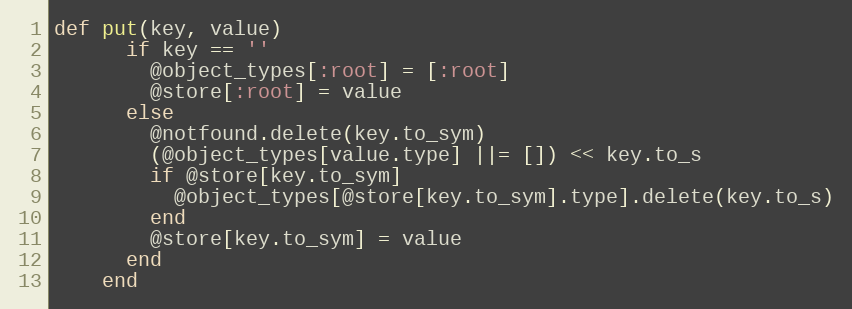
Language: Ruby
def put(key, value)
      if key == ''
        @object_types[:root] = [:root]
        @store[:root] = value
      else
        @notfound.delete(key.to_sym)
        (@object_types[value.type] ||= []) << key.to_s
        if @store[key.to_sym]
          @object_types[@store[key.to_sym].type].delete(key.to_s)
        end
        @store[key.to_sym] = value
      end
    end